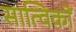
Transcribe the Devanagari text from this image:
सात्विकों